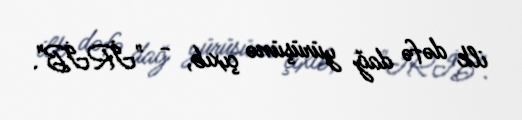
ilk dəfə dağ yürüşünə çıxıb, - "İRİB".